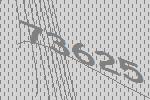
73625